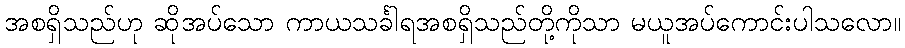
အစရှိသည်ဟု ဆိုအပ်သော ကာယသင်္ခါရအစရှိသည်တို့ကိုသာ မယူအပ်ကောင်းပါသလော။